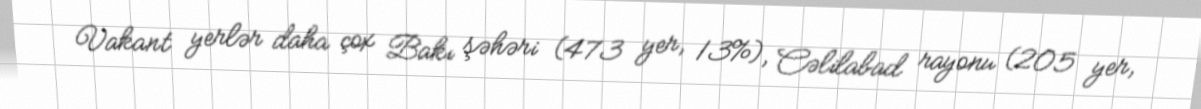
Vakant yerlər daha çox Bakı şəhəri (473 yer, 13%), Cəlilabad rayonu (205 yer,